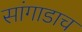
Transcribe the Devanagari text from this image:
सांगाडाच